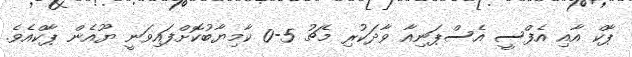
ޕާކް އާއި އެފްސީ އެސްޕަނިއާ ވާދަކުރި މެޗު 5-0 ކާމިޔާބުކޮށްފައިވަނީ ޔޫއެން ޕާކްއެވެ.